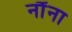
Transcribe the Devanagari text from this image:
नौंना